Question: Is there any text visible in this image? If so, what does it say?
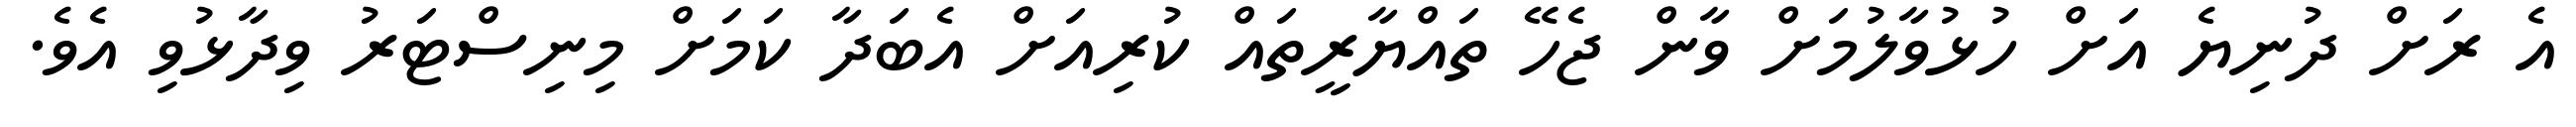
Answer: އެ ރަށް ދުނިޔެ އަށް ހުޅުވާލުމަށް ވާން ޖެހޭ ތައްޔާރީތައް ކުރިއަށް އެބަދާ ކަމަށް މިނިސްޓަރު ވިދާޅުވި އެވެ.